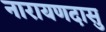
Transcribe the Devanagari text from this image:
नारायणदासु